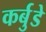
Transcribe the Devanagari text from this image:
कर्बुडे